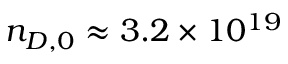
n _ { D , 0 } \approx 3 . 2 \times 1 0 ^ { 1 9 }